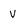
Character: V